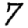
Digit: 7